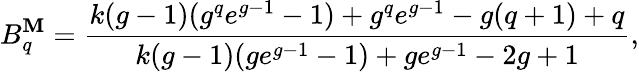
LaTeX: B_{q}^{\mathbf{M}}=\frac{{k(g-1)(g^{q}e^{g-1}-1)+g^{q}e^{g-1}-g(q+1)+q}}{{k(g-1)(ge^{g-1}-1)+ge^{g-1}-2g+1}},